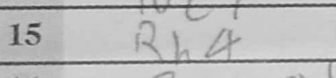
Transcription: Rh4